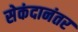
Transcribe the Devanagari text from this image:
सेकंदानंतर